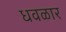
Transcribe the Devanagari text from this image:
धवळार